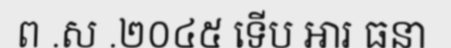
ព .ស .២០៤៥ ទើប អារ ធនា